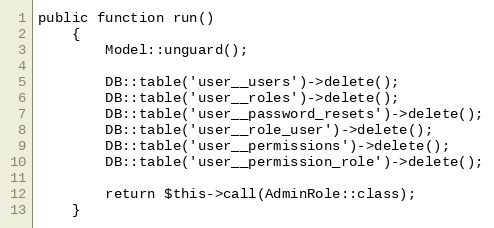
Language: PHP
public function run()
    {
        Model::unguard();

        DB::table('user__users')->delete();
        DB::table('user__roles')->delete();
        DB::table('user__password_resets')->delete();
        DB::table('user__role_user')->delete();
        DB::table('user__permissions')->delete();
        DB::table('user__permission_role')->delete();

        return $this->call(AdminRole::class);
    }